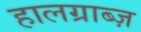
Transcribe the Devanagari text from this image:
हालग्राब्ज़